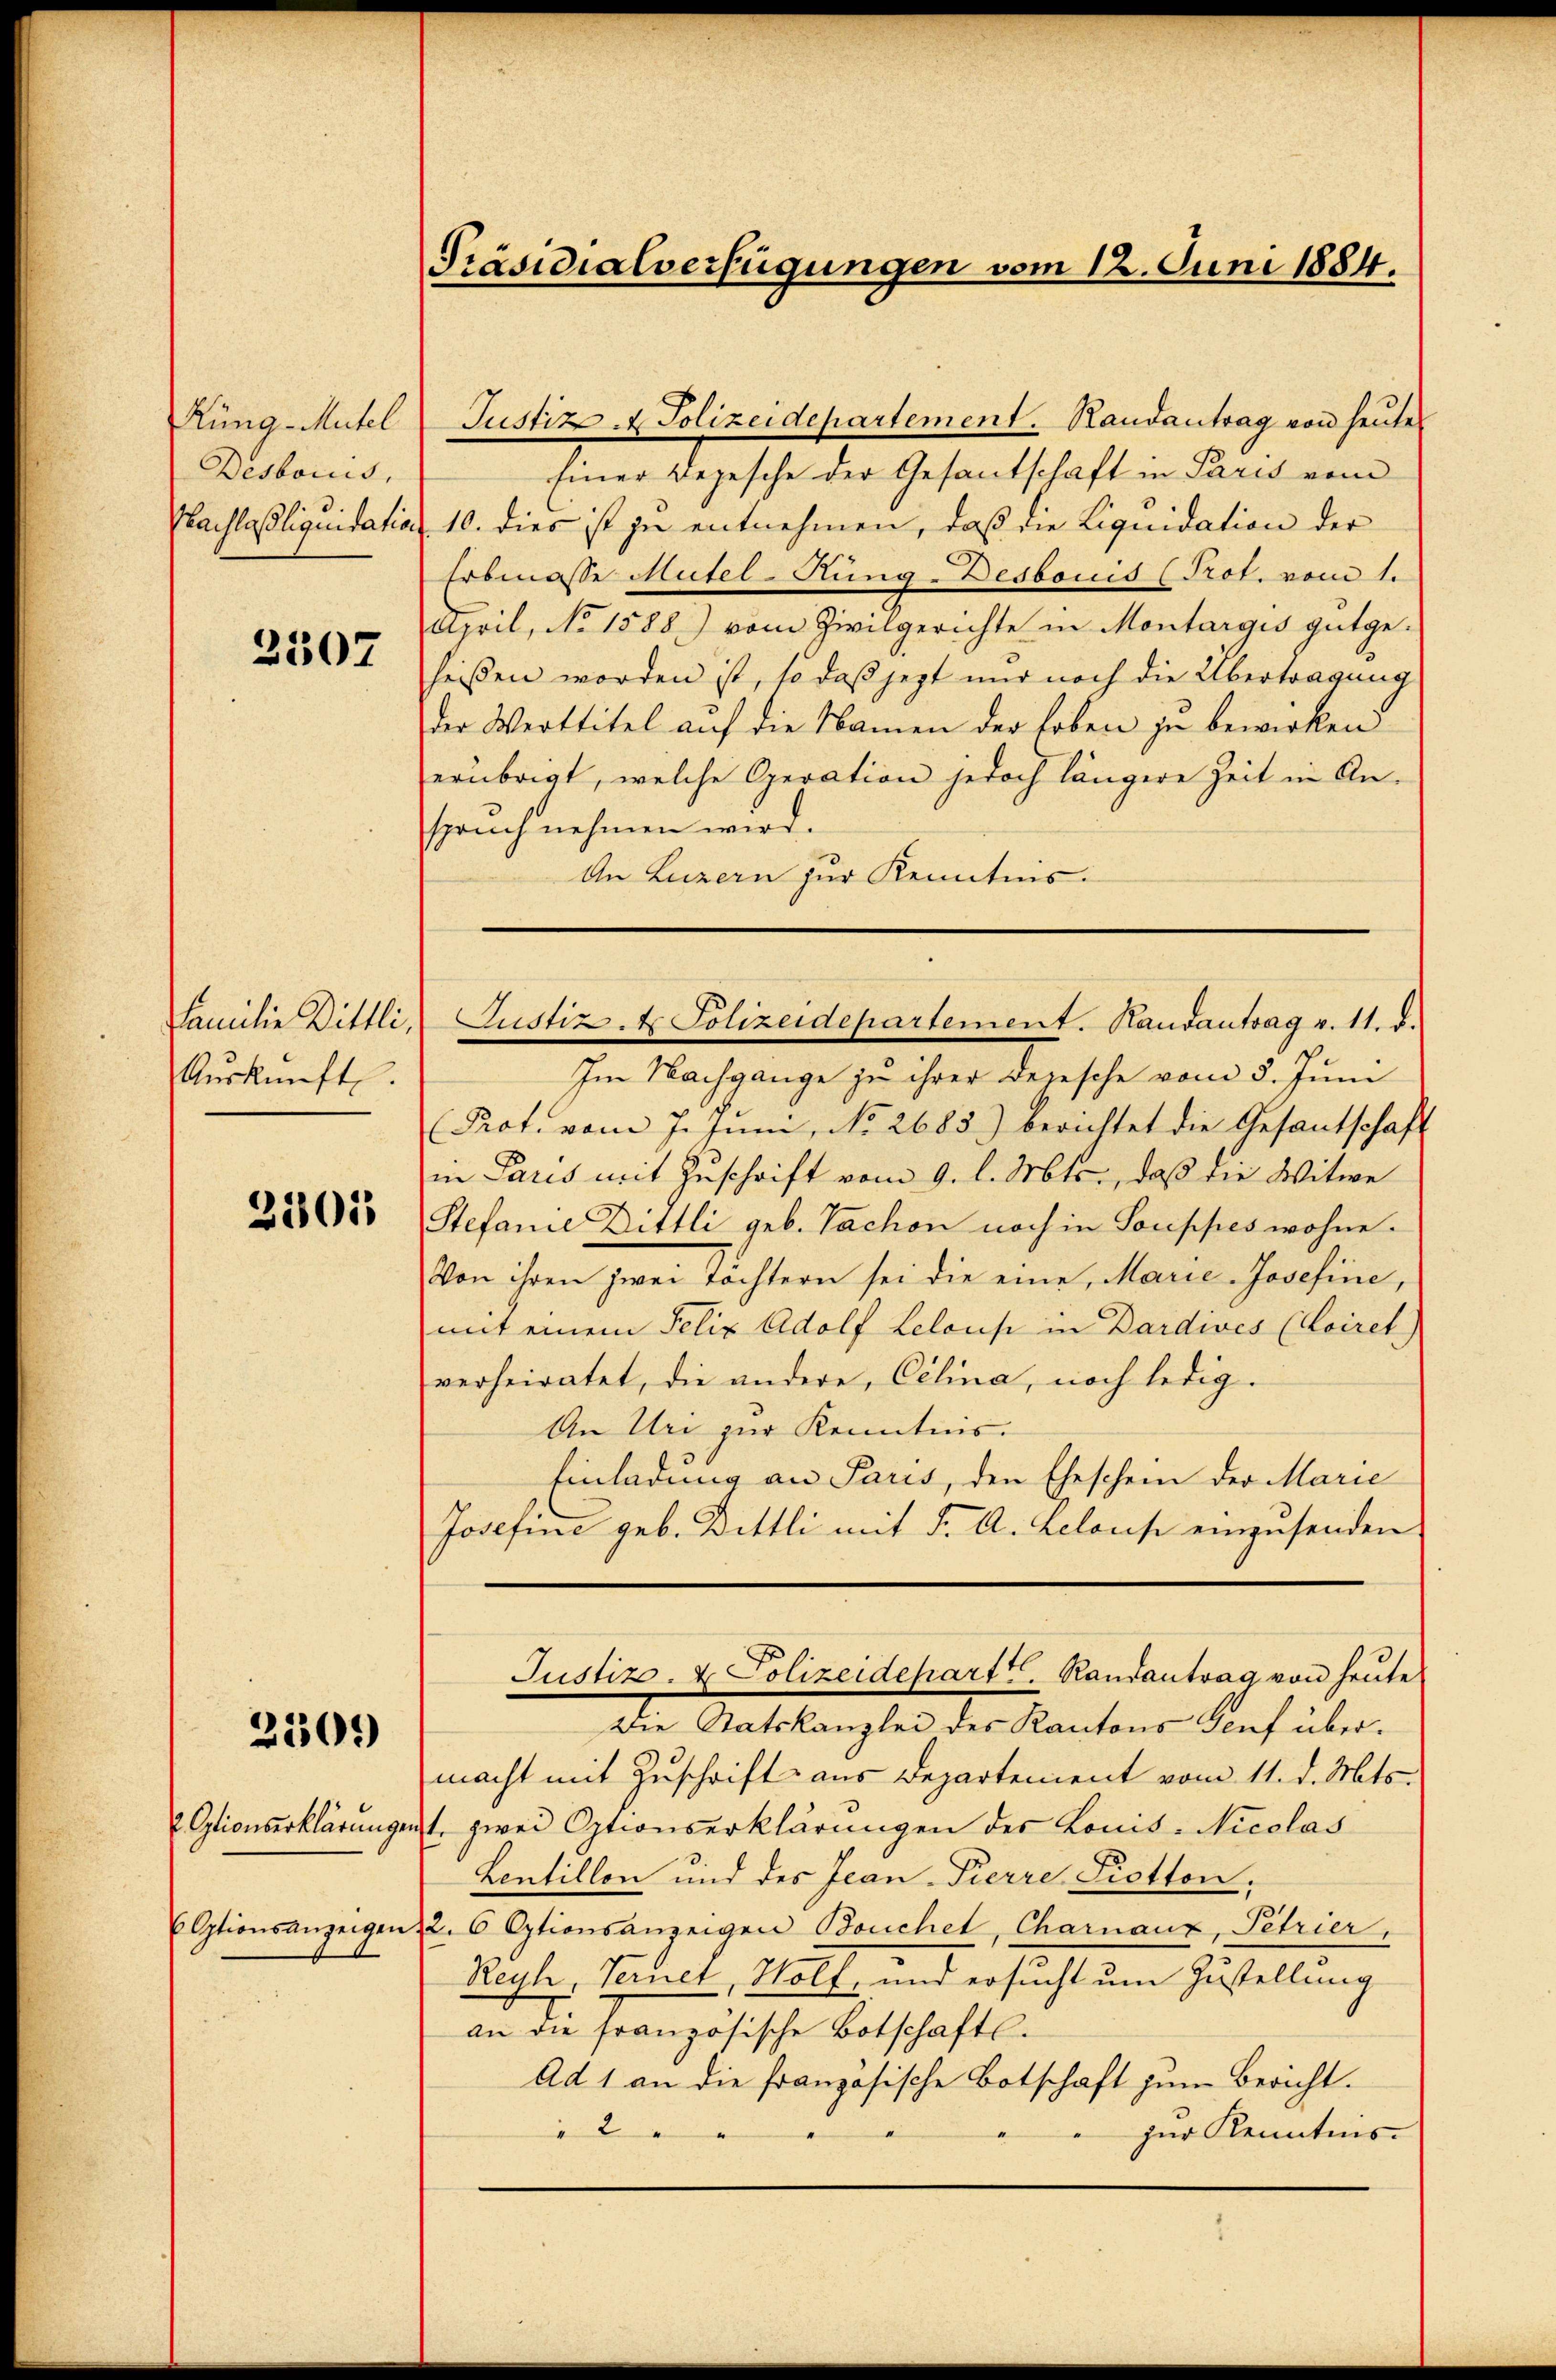
Rüng-Mutel
Destoris,
Nachlaßliquidation

2307

Familie Dittli,
Aŭskŭnft

2301

2300

Optionserklärungen
6 Optionsanzeigen

Präsidialverfügungen vom 12. Juni 1884.

Justiz- & Polizeidepartement. Randantrag von heute
Einer Begesche der Gesandschaft in Paris vom
10. dies ist zu entnehmen, daß die Liquidation der
Erbmasse Mutel-Kung-Desbonis (Prot. vom 1.
April, No 1588) vom Zivilgerichte in Montargis gutgeheißen worden ist, so daß jetzt nur noch die Übertragung
der Werttitel auf die Namen der Erben zu bewirken
erübrigt, welche Operation jedoch längere Zeit in Anspruch nehmen wird.
An Luzern zur Kenntnis.
Im Nachgange zu ihrer Depesche vom 5. Juni
Prot. vom 7. Juni, No. 2685) berichtet die Gesantschaft
in Paris mit Zuschrift vom 9. l. Mts., daß die Witwe
Stefanie Dittli geb. Tachon noch in Souppes wohne.
Von ihren zwei Tochtern sei die eine Marie-Josefine,
mit einem Felix Adolf Lelous in Dardives (Coiret
verheiratet, die andere, Celina, noch ledig-
An Um zur Kenntnis.
Einladung an Paris, den Eheschein der Marie
Josefine geb. Dittli mit F. A. Lelouse einzusenden
Justiz- & Polizeidepartt. Randantrag von heute
Die Statskanzlei des Kantons Genf übermacht mit Zuschrift aus Departement vom 11. d. Mts.
1. zwei Optionserklärungen des Louis-Nicolas
Lentillon und des Jean-Pierre Piotton,
22. 6 Optionsanzeigen Bouchet, Charnaux, Petrier,
Reuh, Ternet, Wolf, und ersucht um Zustellung
an die Französische Botschaftl.
Ad 1 an die französische Botschaft zum Bericht.
zur Kenntnis.

Justiz- & Polizeidepartement. Handantrag v. 11. d.